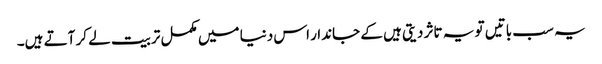
یہ سب باتیں تو یہ تاثر دیتی ہیں کے جاندار اس دنیا میں مکمل تربیت لے کر آتے ہیں۔